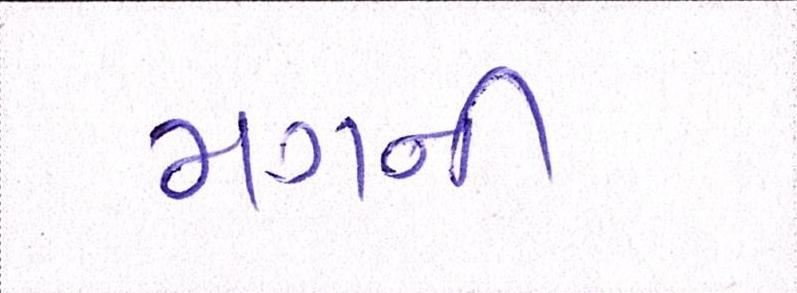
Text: મગની